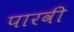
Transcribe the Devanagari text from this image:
पारवी